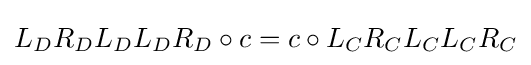
L_{D}R_{D}L_{D}L_{D}R_{D}\circ c=c\circ L_{C}R_{C}L_{C}L_{C}R_{C}